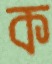
ক